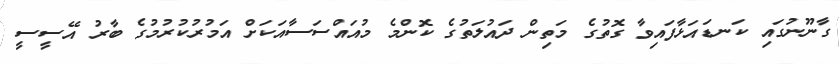
ގާނޫނުގައި ކަނޑައަޅާފައިވާ ގޮތުގެ މަތިން ދައުލަތުގެ ކޮންމެ މުއައްސަސާއަކަށް އަމުރުކުރުމުގެ ބާރު އޭސީސީ